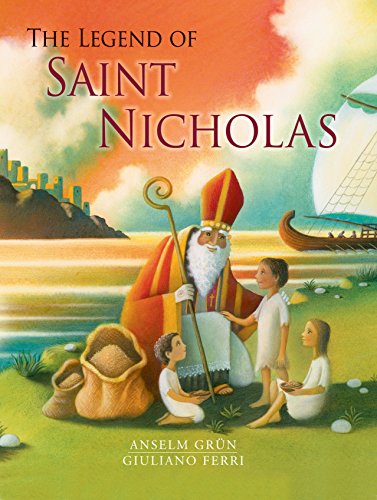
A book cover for The Legend of Saint Nicholas; Anselm Grun; Children's Books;